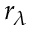
r _ { \lambda }